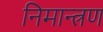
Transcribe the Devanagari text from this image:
निमान्त्रण